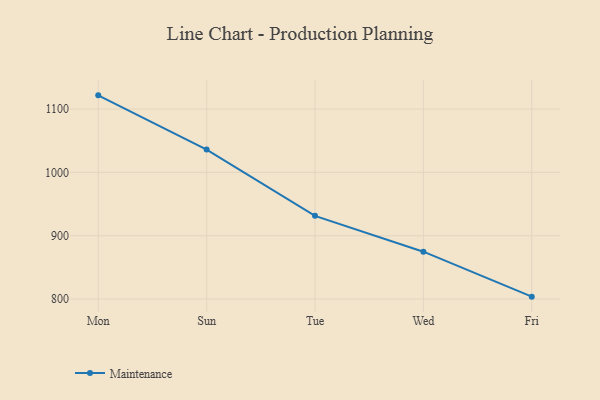
{"axis": {"x": "Day", "y": "Operating Costs (USD K)"}, "legend": ["Maintenance"], "data": [{"x": "Mon", "y": 1121.6, "type": "Maintenance"}, {"x": "Sun", "y": 1036.0, "type": "Maintenance"}, {"x": "Tue", "y": 931.4, "type": "Maintenance"}, {"x": "Wed", "y": 874.8, "type": "Maintenance"}, {"x": "Fri", "y": 803.8, "type": "Maintenance"}]}